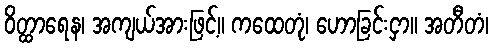
ဝိတ္ထာရေန၊ အကျယ်အားဖြင့်။ ကထေတုံ၊ ဟောခြင်းငှာ။ အတီတံ၊